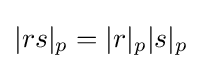
|rs|_{p}=|r|_{p}|s|_{p}